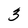
Character: 3